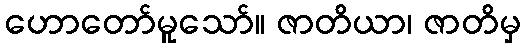
ဟောတော်မူသော်။ ဇာတိယာ၊ ဇာတိမှ